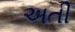
અતી